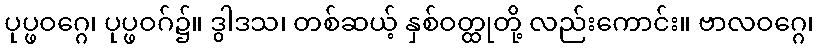
ပုပ္ဖဝဂ္ဂေ၊ ပုပ္ဖဝဂ်၌။ ဒွါဒသ၊ တစ်ဆယ့် နှစ်ဝတ္ထုတို့ လည်းကောင်း။ ဗာလဝဂ္ဂေ၊